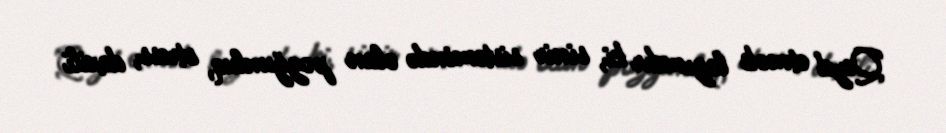
Qeyd etmək lazımdır ki, sinir sistemində olan pozğunluq, stress, daxili